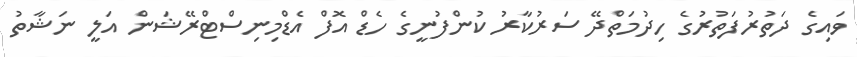
ވައިގެ ދަތުރުފަތުރުގެ ހިދުމަތްދޭ ސަރުކާރު ކުންފުނީގެ ހެޑް އޮފް އެޑްމިނިސްޓްރޭޝަން އަލީ ނަޝާތު